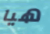
هيا